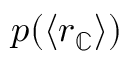
p ( \langle r _ { \mathbb { C } } \rangle )